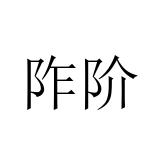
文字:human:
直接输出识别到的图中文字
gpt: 阼阶